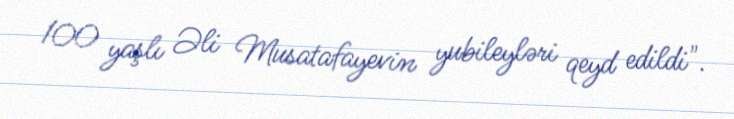
100 yaşlı Əli Musatafayevin yubileyləri qeyd edildi".